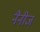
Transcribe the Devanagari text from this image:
नैनीज